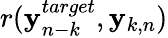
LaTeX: r({\mathbf y}_{n-k}^{target},{\mathbf y}_{k,n})